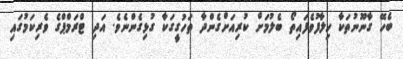
ބެހޭ ގާނޫނުތަކާ ހިލާފުވެފައިތޯ ބެލުމަށް ކުރިއަށްގެންދާ ތަހުގީގަކާ ގުޅިގެންނެވެ. އަދި ޓްރަމްޕްގެ ވެރިކަމުގައި